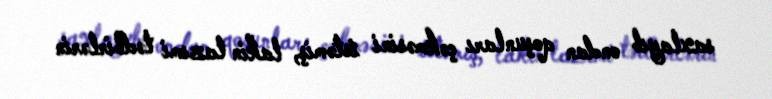
saxlayıb ondan qoşunları çəkməsini istəmiş, lakin lazımi tədbirlərin